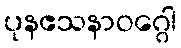
ပုနဧသနာဝဂ္ဂေါ